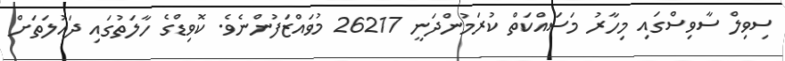
ސިވިލް ސާވިސްގައި މިހާރު މަސައްކަތް ކުރަމުންދަނީ 26217 މުވައްޒަފުންނެވެ. ކޮވިޑްގެ ހާލަތުގައި ދައުލަތަށް